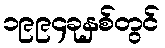
၁၉၉၄ခုနှစ်တွင်